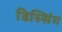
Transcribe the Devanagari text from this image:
डिस्सिंग